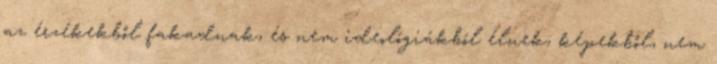
az érzékekből fakadnak, és nem ideológiákból élnek; képekből, nem